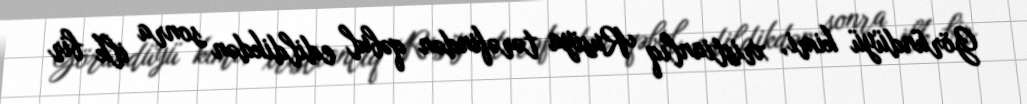
Göründüyü kimi, xristianlıq Rusiya tərəfindən qəbul edildikdən sonra ilk bir